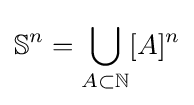
\mathbb {S} ^{n}=\bigcup _{A\subset \mathbb {N} }^{}[A]^{n}